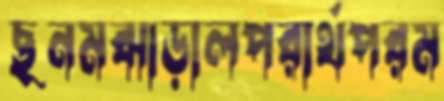
ছনমঝাড়ালপরার্থপরম